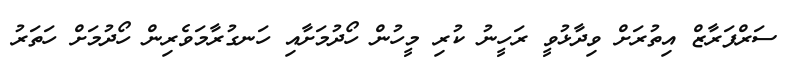
ސަރްފަރާޒް އިތުރަށް ވިދާޅުވީ ރަހީނު ކުރި މީހުން ހޯދުމަށާއި ހަނގުރާމަވެރިން ހޯދުމަށް ހަތަރު